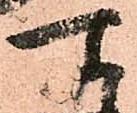
所